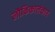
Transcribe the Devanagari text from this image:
लौकिकालंकार